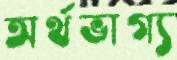
অর্থভাগ্য